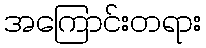
အကြောင်းတရား